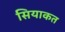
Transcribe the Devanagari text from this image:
सियाकत